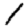
Digit: 1